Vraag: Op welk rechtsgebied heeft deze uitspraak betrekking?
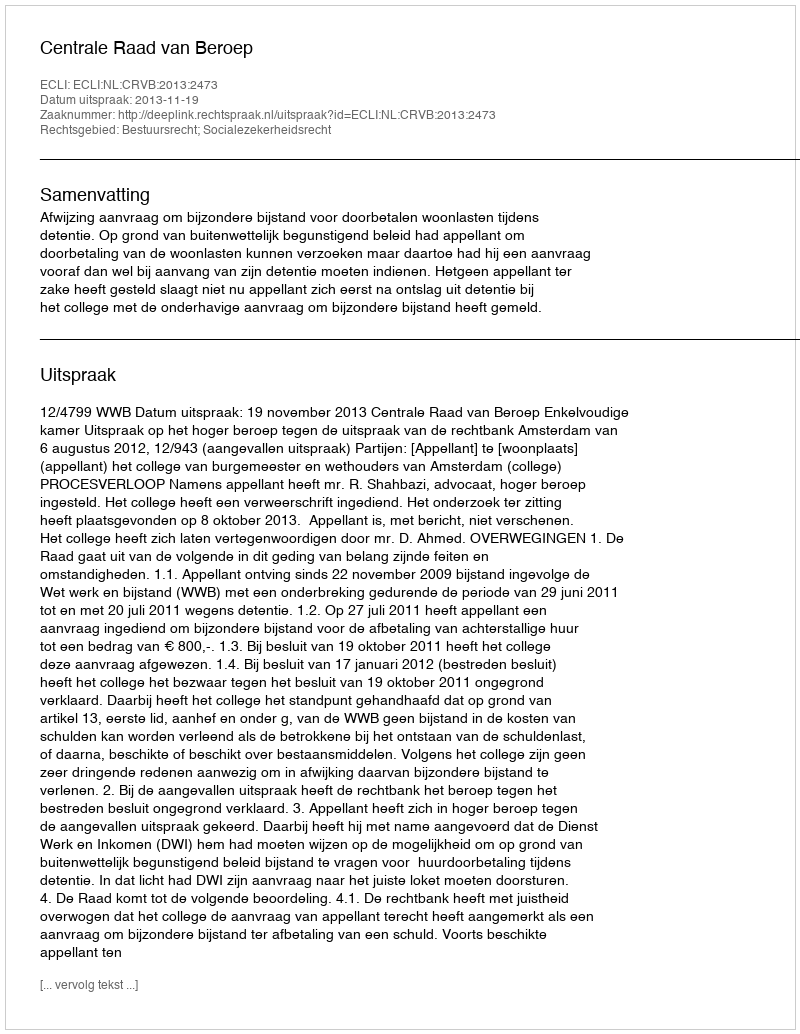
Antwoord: Bestuursrecht; Socialezekerheidsrecht